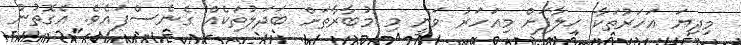
މިދިޔަ އަހަރުތަކާ ޚިލާފަށް މިއަހަރު ވަނީ މި މުބާރާތަށް ބަދަލުތަކެއް ގެނެސްފައެވެ. އެގޮތުން